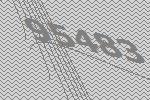
95483